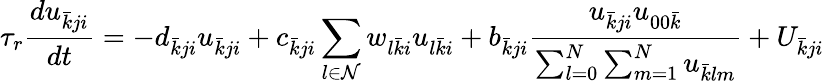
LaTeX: \tau_{r}\frac{du_{\bar{k}ji}}{dt}=-d_{\bar{k}ji}u_{\bar{k}ji}+c_{\bar{k}ji}\sum_{l\in\mathcal{N}}w_{l\bar{k}i}u_{l\bar{k}i}+b_{\bar{k}ji}\frac{u_{\bar{k}ji}u_{00\bar{k}}}{\sum_{l=0}^{N}\sum_{m=1}^{N}u_{\bar{k}lm}}+U_{\bar{k}ji}